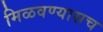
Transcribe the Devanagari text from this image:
मिळवण्यासच